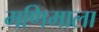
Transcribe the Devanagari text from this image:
मणिमाला